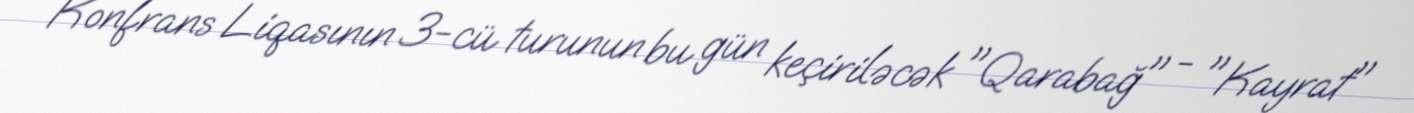
Konfrans Liqasının 3-cü turunun bu gün keçiriləcək "Qarabağ" - "Kayrat"